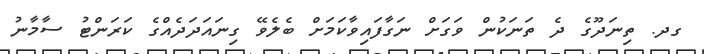
ގދ. ތިނަދޫގެ ދެ ތަނަކުން ވަގަށް ނަގާފައިވާކަމަށް ބެލެވޭ ގިނައަދަދެއްގެ ކަރަންޓު ސާމާނު